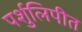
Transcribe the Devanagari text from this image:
पर्शुलिपीत